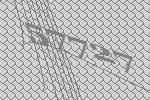
57727